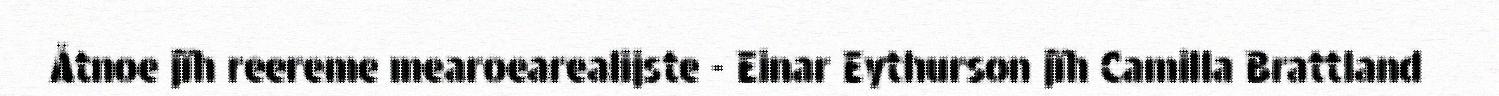
Åtnoe jïh reereme mearoearealijste - Einar Eythurson jïh Camilla Brattland